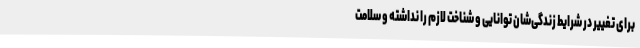
برای تغییر در شرایط زندگی‌شان توانایی و شناخت لازم را نداشته و سلامت